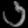
Digit: ၁